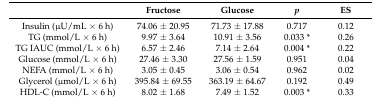
|  | Fructose | Glucose | p | ES |
 | --- | --- | --- | --- | --- |
 | Insulin (μU/mL × 6 h) | 74.06 ± 20.95 | 71.73 ± 17.88 | 0.717 | 0.12 |
 | TG (mmol/L × 6 h) | 9.97 ± 3.64 | 10.91 ± 3.56 | 0.033 * | 0.26 |
 | TG IAUC(mmol/L × 6 h) | 6.57 ± 2.46 | 7.14 ± 2.64 | 0.004 * | 0.22 |
 | Glucose (mmol/L × 6 h) | 27.46 ± 3.30 | 27.56 ± 1.59 | 0.951 | 0.04 |
 | NEFA (mmol/L × 6 h) | 3.05 ± 0.45 | 3.06 ± 0.54 | 0.962 | 0.02 |
 | Glycerol (μmol/L × 6 h) | 395.84 ± 69.55 | 363.19 ± 64.67 | 0.192 | 0.49 |
 | HDL-C (mmol/L × 6 h) | 8.02 ± 1.68 | 7.49 ± 1.52 | 0.003 * | 0.33 |